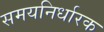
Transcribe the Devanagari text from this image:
समयनिर्धारक